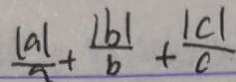
\frac { \vert a \vert } { a } + \frac { \vert b \vert } { b } + \frac { \vert c \vert } { c }